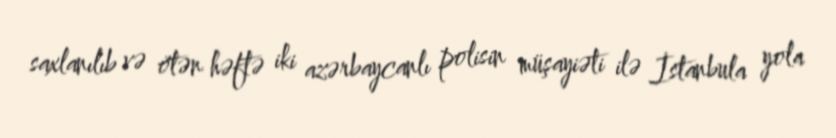
saxlanılıb və ötən həftə iki azərbaycanlı polisin müşayiəti ilə İstanbula yola